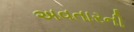
અવતારની